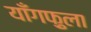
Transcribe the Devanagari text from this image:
याँगफ़ुला